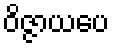
ဝိဇ္ဇာယပေ